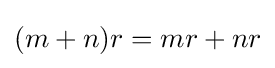
(m+n)r=mr+nr